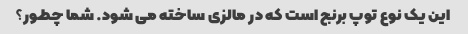
این یک نوع توپ برنج است که در مالزی ساخته می شود. شما چطور؟